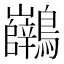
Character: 𪈖